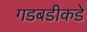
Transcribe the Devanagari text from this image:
गडबडीकडे